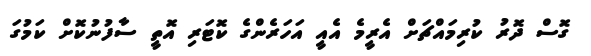
ގޮސް ދޮރު ކުރިމައްޗަށް އެރީމެ އެއީ އަހަރެންގެ ކޮޓަރި އޮތީ ސާފުނުކޮށް ކަމުގަ